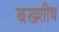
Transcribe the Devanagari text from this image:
बख्शीष